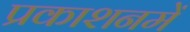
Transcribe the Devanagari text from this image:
प्रकाशनमें